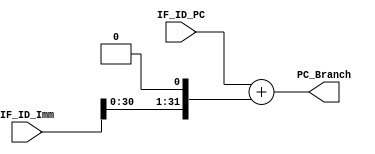
module Adder (
    input [31 : 0] IF_ID_PC, IF_ID_Imm,
    output [31 : 0] PC_Branch
);

assign PC_Branch = IF_ID_PC +  (IF_ID_Imm << 1);

endmodule